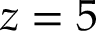
z = 5